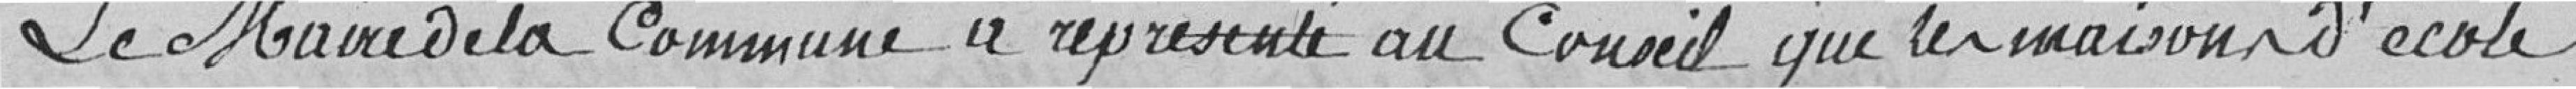
Le Maire de la commune a représenté au Conseil que la maison d'école